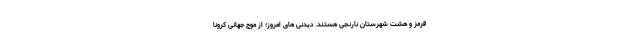
قرمز و هشت شهرستان نارنجی هستند. دیدنی های امروز؛ از موج جهانی کرونا